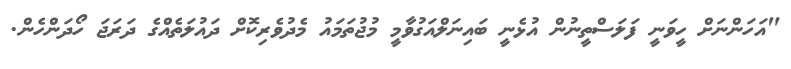
"އަހަންނަށް ހީވަނީ ފަލަސްތީނުން އުޅެނީ ބައިނަލްއަގުވާމީ މުޖުތަމައު މެދުވެރިކޮށް ދައުލަތެއްގެ ދަރަޖަ ހޯދަންހެން.